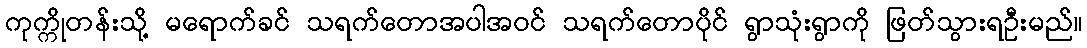
ကုက္ကိုတန်းသို့ မရောက်ခင် သရက်တောအပါအဝင် သရက်တောပိုင် ရွာသုံးရွာကို ဖြတ်သွားရဦးမည်။